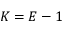
K = E - 1